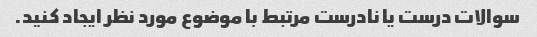
سوالات درست یا نادرست مرتبط با موضوع مورد نظر ایجاد کنید.